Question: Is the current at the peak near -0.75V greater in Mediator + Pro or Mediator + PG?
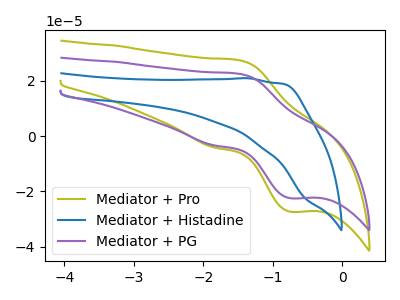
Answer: <think>The olive curve "Mediator + Pro" has an anodic peak at (-1.50V, 27.45uA) and a cathodic peak at (-0.75V, -27.35uA). The blue curve "Mediator + Histadine" has no peaks. The purple curve "Mediator + PG" has an anodic peak at (-1.50V, 22.55uA) and a cathodic peak at (-0.75V, -22.45uA).</think>
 <answer>The peak at -0.75V is higher in "Mediator + Pro" than in "Mediator + PG".</answer>
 <eval>higher</eval>